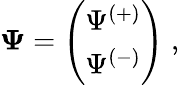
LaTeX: {\mathbf\Psi}=\left(\begin{array}{c}{{\Psi^{(+)}}}\\ {{\Psi^{(-)}}}\end{array}\right)\; ,